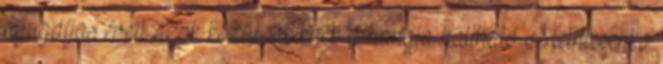
nyugdíjas éveit azok közül, akiknek a hangja hallható Melnicsenko